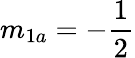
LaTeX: m_{1a}=-\frac{1}{2}